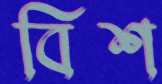
বিশ